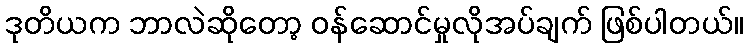
ဒုတိယက ဘာလဲဆိုတော့ ဝန်ဆောင်မှုလိုအပ်ချက် ဖြစ်ပါတယ်။